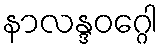
နာလန္ဒဝဂ္ဂေါ